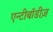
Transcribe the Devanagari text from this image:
एन्टीबॉडीज़